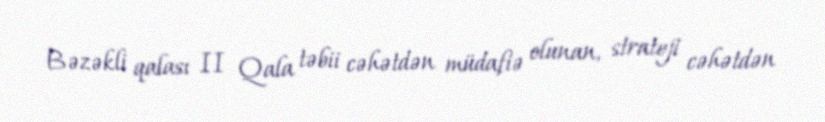
Bəzəkli qalası II Qala təbii cəhətdən müdafiə olunan, strateji cəhətdən